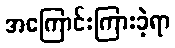
အကြောင်းကြားခဲ့ရာ